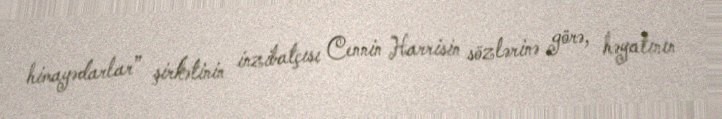
himayədarlar” şirkətinin inzibatçısı Cennin Harrisin sözlərinə görə, həyatının